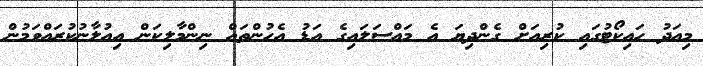
މިއަދު ހައިކޯޓުގައި ކުރިއަށް ގެންދިޔަ އެ މައްސަލައިގެ އަޑު އެހުންތައް ނިންމާލިކަން އިއުލާނުކުރައްވަމުން